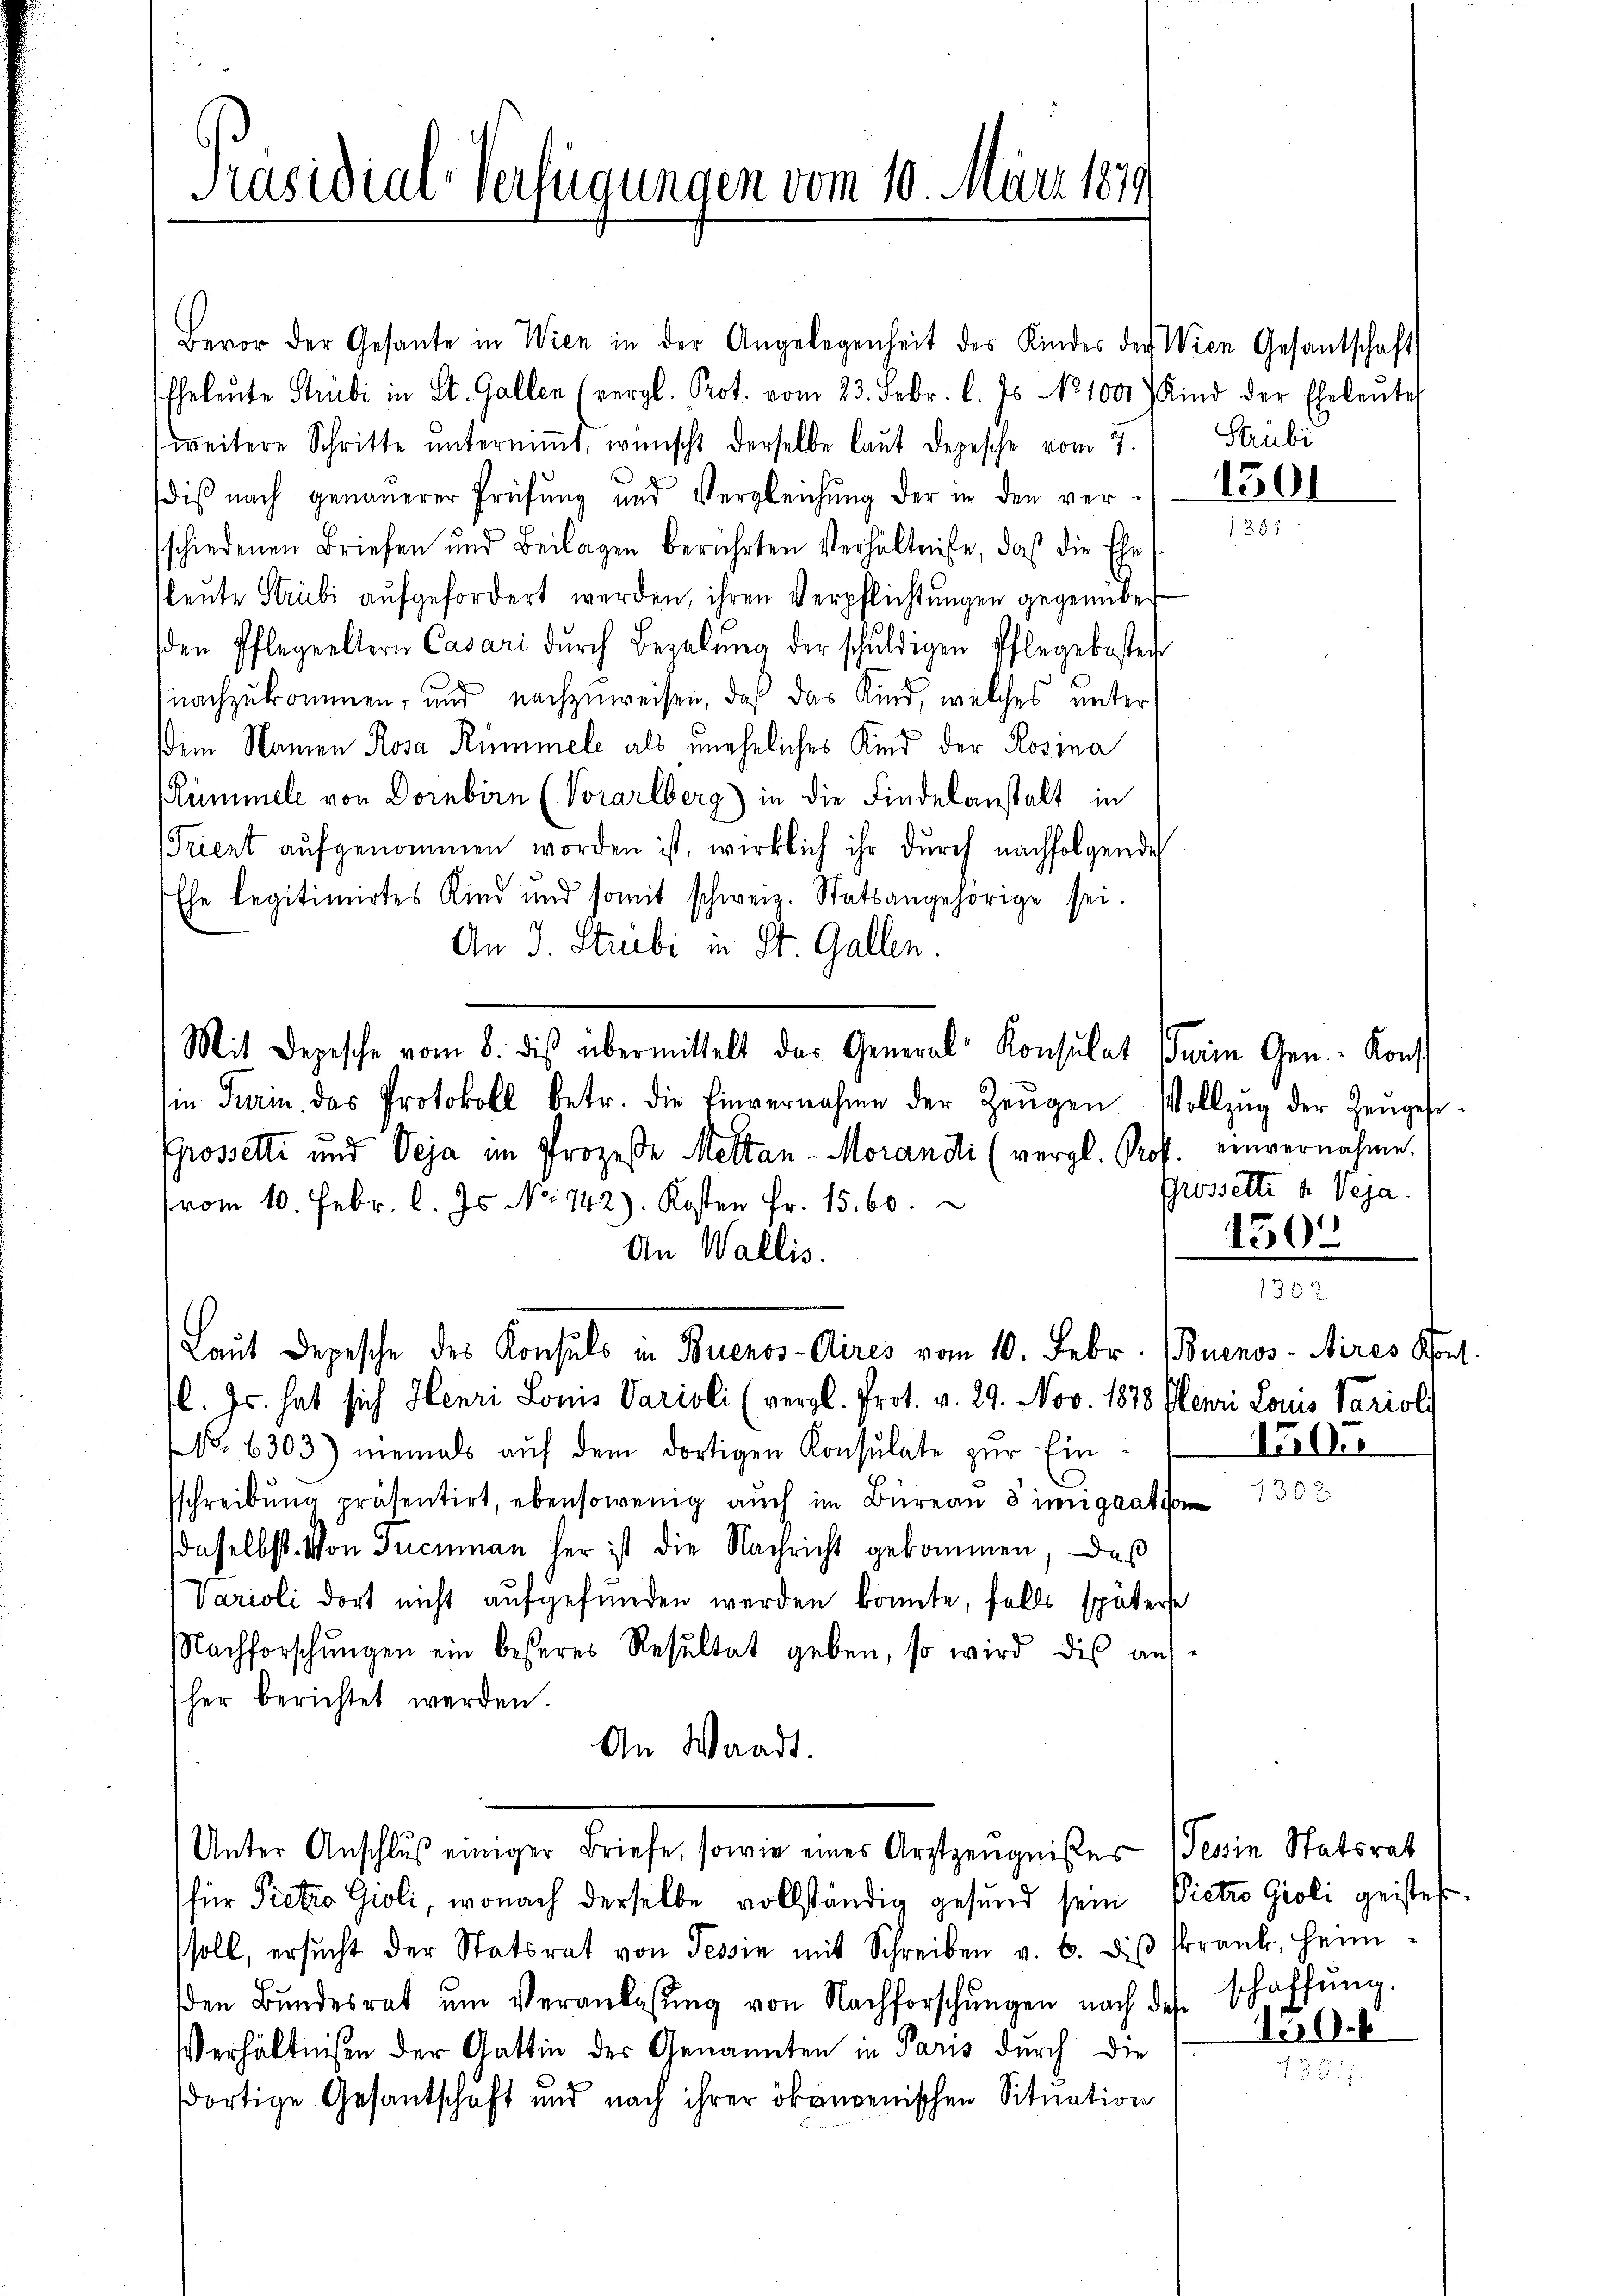
Präsidial-Verfügungen vom 10. März 1879

Bevor der Gesante in Wien in der Angelegenheit des Kindes der Wien Gesantschafts
Eheleŭte Stubi in St. Gallen (vergl. Prot. vom 23. Febr. l. Js. No 1000 Kind der Eheleute
weitere Schritte ŭnterniṁt, wünscht derselbe laut Depesche vom 7.
diß nach genauerer Prüfung und Vergleichung der in den versschiedenen Briefen und Beilagen berührten Verhältniße, daß die Ehe
fleute Strubi aufgefordert werden, ihren Verpflichtungen gegenüber
den Pflegeeltern Casari dŭrch Bezelŭng der schŭldigen Pflegekosten
nachzukommen, und nachzuweisen, daß das Kind, welches unter
dem Namen Rosa Rümmel als uneheliches Kind der Rosina
ümmel von Dornbirn (Vorarlberg) in die Findelanstalt in
Triert aufgenommen worden ist, wirklich ihr durch nachfolgende
Ehe legitimirtes Kind und somit schweiz. Statsangehörige sei.
An J. Stibi in St. Gallen.
in Turin das Protokoll betr. die Einvernahme der Zeŭgen Vollzŭg der Zeŭgesi-
Grosselti und Veja im Prozeße Meltan-Morandi (vergl. Roff. einvernahme.
vom 10. Febr. l. Js. No 742). Kosten Fr. 15. 60.
An Wallis.
Laut Depesche des Konsuls in Buenos-Aires vom 10. Febr. (Buenos-Aires Kont.
l. Js. hat sich Henri Louis Parioli (vergl. Prot. v. 29. Nov. 1878 Plenri Louis Parioli
No. 6303) niemals aŭf dem dortigen Konsulate zur Ein-
sschreibŭng präsentirt, ebensowenig aŭch im Büreaŭ 8 imigaati
daselbst. Von Tucumann her ist die Nachricht gekommen, das
Varioli dort nicht aufgefunden werden konnte, falls späterte
NNachforschŭngen ein besseres Resultat geben, so wird dis auf
her berichtet werden.
An Waadt.
Unter Anschlŭβ einiger Briefe, sowie eines Arztzeugnißes Tessin Statsrat
für Pietia Gioli, wonach derselbe vollständig gesund sein Pietro Gioli geistessoll, ersŭcht der Statsrat von Tessin mit Schreiben v. 6. diβ skrank, Heim-
den Bŭndesrat ŭm Veranlassŭng von Nachforschŭngen nach des schaffŭng.
Verhältnißen der Gattin der Genannten in Paris durch die
dortige Gesantschaft und nach ihrer ökonoenischen Situation

Mit Depesche vom 8. dis übermittelt das General-Konsulat sein Gen.- Konst

Strubi
1501

Grosselte u. Veja
1305

20

150.